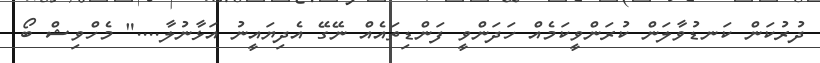
ދުރުކަން ކަނޑުވާލަން ކުރަންވީކަމެއް ހަދަންވީ ފަންޑިތައެއް ނޭގޭ އެދިޔައީނު އަޅާނުލާ...." މެހްވިޝް ބޯ